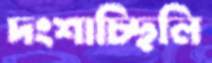
দংশাচ্ছিলি